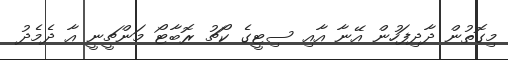
މިގޮތުން ދާދިފަހުން އޭނާ އާއި ސިޓީގެ ކޯޗު ރޮބާޓޯ މަންޗީނީ އާ ދެމެދު